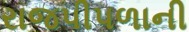
રાજપીપળાની